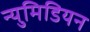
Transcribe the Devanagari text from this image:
न्युमिडियन